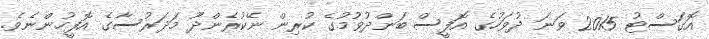
އޮގަސްޓު 2015 ވަނަ ދުވަހުގެ އޮފީސް ބަންދުވުމުގެ ކުރިން ނޭކުރެންދޫ މަދަރުސާގެ އޮފީހުންނެވެ.